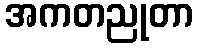
အကတညုတာ